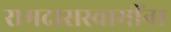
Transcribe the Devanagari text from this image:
रामदासस्वामींना